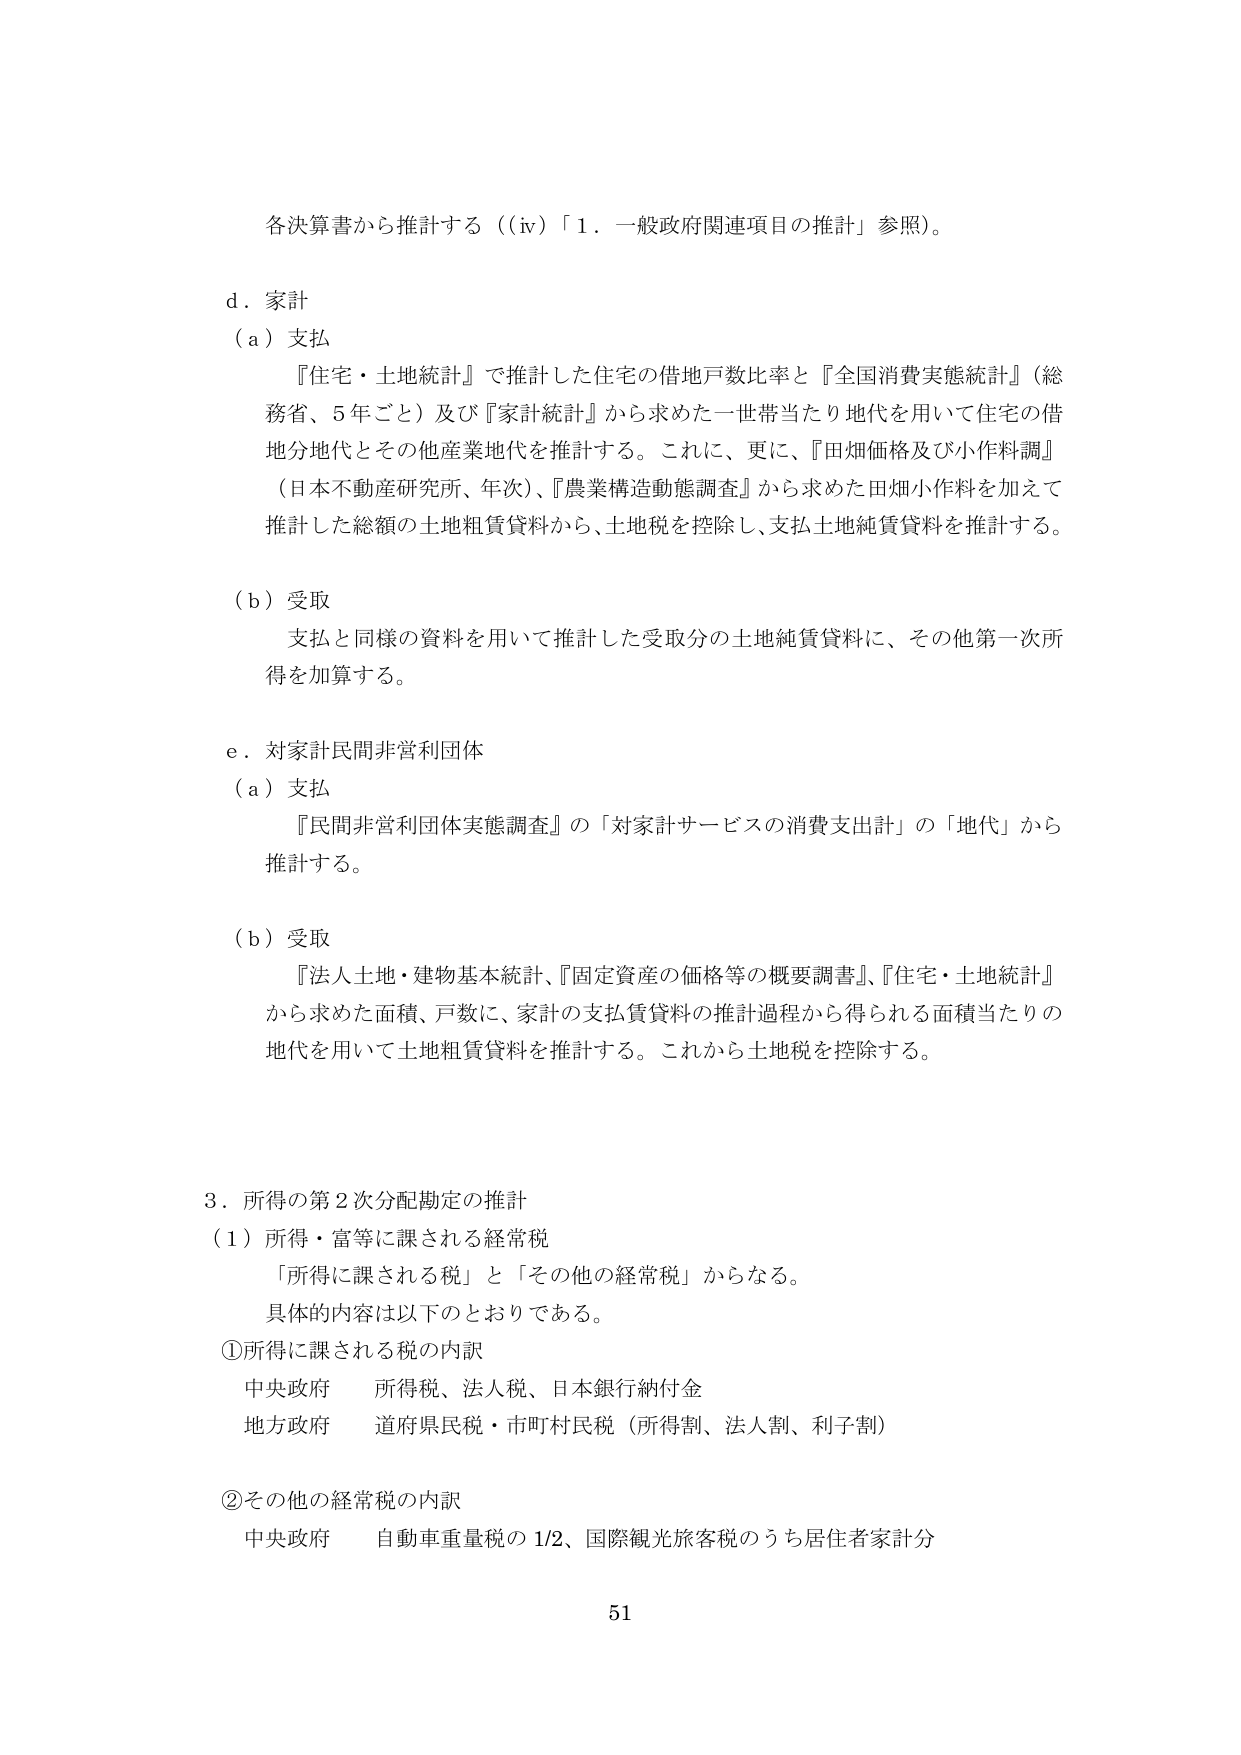
各決算書から推計する（（iv）「1．一般政府関連項目の推計」参照）。

d．家計
（a）支払
　『住宅・土地統計』で推計した住宅の借地戸数比率と『全国消費実態統計』（総務省、5年ごと）及び『家計統計』から求めた一世帯当たり地代を用いて住宅の借地分地代とその他産業地代を推計する。これに、更に、『田畑価格及び小作料調』（日本不動産研究所、年次）、『農業構造動態調査』から求めた田畑小作料を加えて推計した総額の土地租賃貸料から、土地税を控除し、支払土地純賃貸料を推計する。

（b）受取
　支払と同様の資料を用いて推計した受取分の土地純賃貸料に、その他第一次所得を加算する。

e．対家計民間非営利団体
（a）支払
　『民間非営利団体実態調査』の「対家計サービスの消費支出計」の「地代」から推計する。

（b）受取
　『法人土地・建物基本統計』、『固定資産の価格等の概要調書』、『住宅・土地統計』から求めた面積、戸数に、家計の支払賃貸料の推計過程から得られる面積当たりの地代を用いて土地租賃貸料を推計する。これから土地税を控除する。

3．所得の第2次分配勘定の推計
（1）所得・富等に課される経常税
　「所得に課される税」と「その他の経常税」からなる。
　具体的内容は以下のとおりである。
①所得に課される税の内訳
　中央政府　所得税、法人税、日本銀行納付金
　地方政府　道府県民税・市町村民税（所得割、法人割、利子割）
②その他の経常税の内訳
　中央政府　自動車重量税の1/2、国際観光旅客税のうち居住者家計分

51